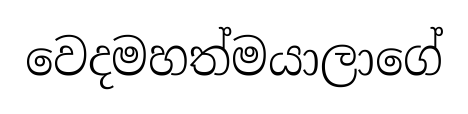
වෙදමහත්මයාලාගේ